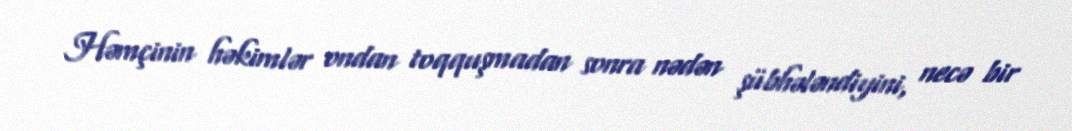
Həmçinin həkimlər ondan toqquşmadan sonra nədən şübhələndiyini, necə bir